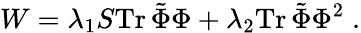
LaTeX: W=\lambda_{1}S\mathrm{Tr}\, \tilde{\Phi}\Phi+\lambda_{2}\mathrm{Tr}\, \tilde{\Phi}\Phi^{2}\; .